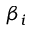
\beta _ { i }